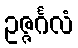
ဥဇ္ဇင်္ဂလံ